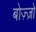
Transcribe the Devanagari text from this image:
बोज़्ज़ो